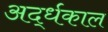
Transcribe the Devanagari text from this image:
अर्द्धकाल